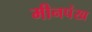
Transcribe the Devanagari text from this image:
मीनपंख